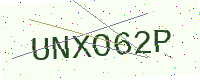
Text: UNXO62P